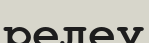
релеу